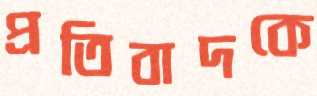
প্রতিবাদকে